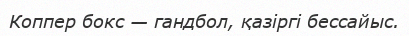
Коппер бокс — гандбол, қазіргі бессайыс.